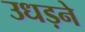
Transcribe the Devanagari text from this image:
उधड़ने